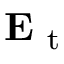
\mathbf { E } _ { \mathrm { ~ t ~ } }